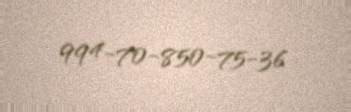
994-70-850-75-36